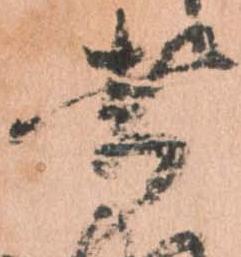
者